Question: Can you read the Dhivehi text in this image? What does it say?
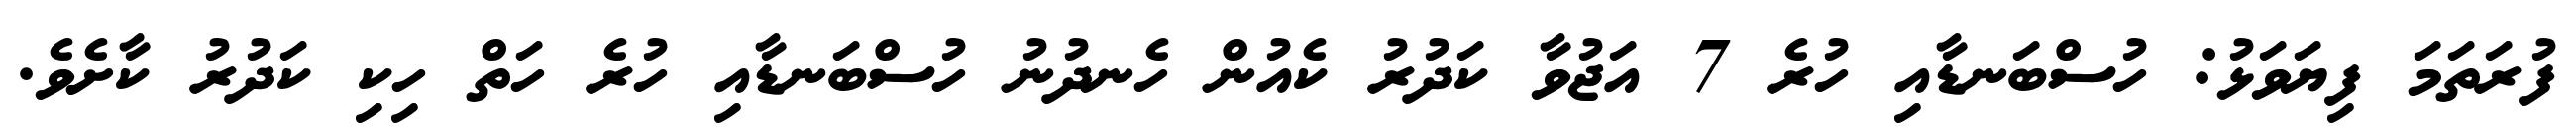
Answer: ފުރަތަމަ ފިޔަވަޅު: ހުސްބަނޑާއި ހުރެ 7 އަޖުވާ ކަދުރު ކެއުން ހެނދުނު ހުސްބަނޑާއި ހުރެ ހަތް ހިކި ކަދުރު ކާށެވެ.